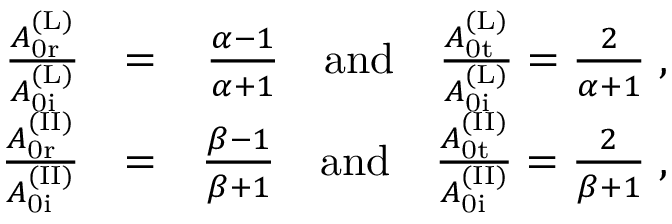
\begin{array} { r l r } { \frac { A _ { \mathrm { 0 r } } ^ { \mathrm { ( L ) } } } { A _ { \mathrm { 0 i } } ^ { \mathrm { ( L ) } } } } & { = } & { \frac { \alpha - 1 } { \alpha + 1 } \quad \mathrm { a n d } \quad \frac { A _ { \mathrm { 0 t } } ^ { \mathrm { ( L ) } } } { A _ { \mathrm { 0 i } } ^ { \mathrm { ( L ) } } } = \frac { 2 } { \alpha + 1 } \; , } \\ { \frac { A _ { \mathrm { 0 r } } ^ { \mathrm { ( I I ) } } } { A _ { \mathrm { 0 i } } ^ { \mathrm { ( I I ) } } } } & { = } & { \frac { \beta - 1 } { \beta + 1 } \quad \mathrm { a n d } \quad \frac { A _ { \mathrm { 0 t } } ^ { \mathrm { ( I I ) } } } { A _ { \mathrm { 0 i } } ^ { \mathrm { ( I I ) } } } = \frac { 2 } { \beta + 1 } \; , } \end{array}